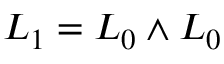
{ \cal L } _ { 1 } = { \cal L } _ { 0 } \wedge { \cal L } _ { 0 }